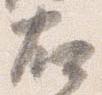
右